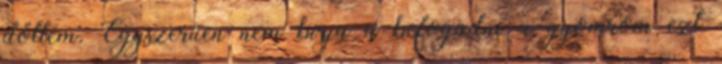
dőltem. Egyszerűen nem bírja a befogadni a gyomrom ezt